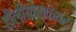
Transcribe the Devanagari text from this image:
हीलीयोस्फेयर